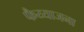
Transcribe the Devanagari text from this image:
फैय्याजना